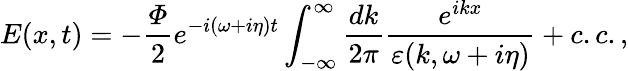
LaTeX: E(x,t)=-\frac{\varPhi}{2}e^{-i(\omega+i\eta)t}\int_{-\infty}^{\infty}\frac{dk}{2\pi}\frac{e^{ikx}}{\varepsilon(k,\omega+i\eta)}+c.c.,